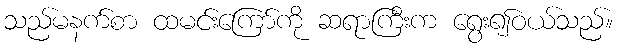
သည်မနက်စာ ထမင်းကြော်ကို ဆရာကြီးက ရွေး၍ဝယ်သည်။